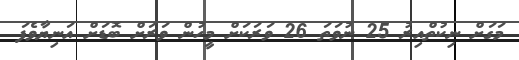
މަގަށް ނިކުތްއިރު 25 ނުވަތަ 26 ވަރަކަށް މީހުން ވަރަށް ބޮޑަށް އަނިޔާވެފަ